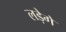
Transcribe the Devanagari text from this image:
लड़ेगे